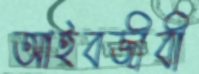
আইবজীবী